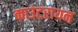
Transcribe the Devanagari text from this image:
काउंटरायन